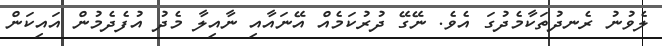
ލެވުނު ރެނދުތަކާމެދުގަ އެވެ. ނޭގޭ ދުރުކަމެއް އޭނައާއި ނާއިލާ މެދު އުފެދެމުން އައިކަން